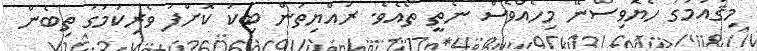
މިޤައުމުގަ ހެޔޮވިސްނޭ މިހެއްވެސް ނެތީ ތޯއެވެ. ރައްޔިތުން ބިކަ ކޮށްފަ ވެރިކަމުގަ ތިބެން